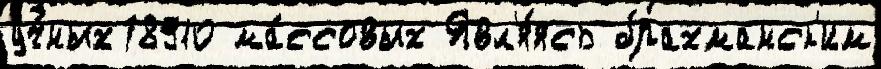
уч́ных78910 ма́ссовых Явл'я́ясь брахманск'им